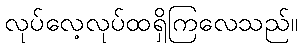
လုပ်လေ့လုပ်ထရှိကြလေသည်။